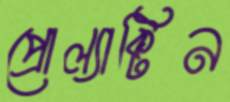
প্রোল্যাক্টিন